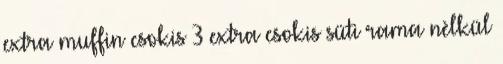
extra muffin csokis 3 extra csokis süti rama nèlkül